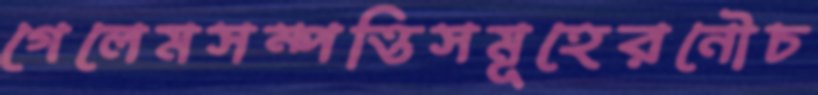
গেলেমসম্পত্তিসমূহেরনৌচ